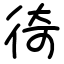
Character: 徛